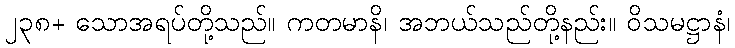
၂၃၈+ သောအရပ်တို့သည်။ ကတမာနိ၊ အဘယ်သည်တို့နည်း။ ဝိသမဋ္ဌာနံ၊